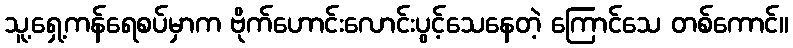
သူ့ရှေ့ကန်ရေစပ်မှာက ဗိုက်ဟောင်းလောင်းပွင့်သေနေတဲ့ ကြောင်သေ တစ်ကောင်။